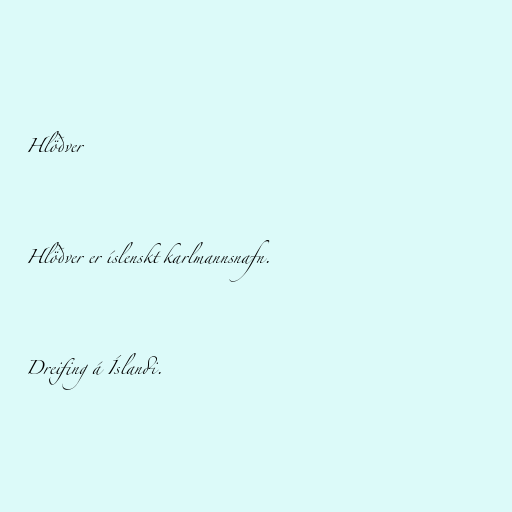
Hlöðver

Hlöðver er íslenskt karlmannsnafn.

Dreifing á Íslandi.